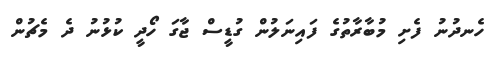
ހެނދުނު ފެށި މުބާރާތުގެ ފައިނަލުން ގުޑީސް ޖާގަ ހޯދީ ކުޅުނު ދެ މެޗުން